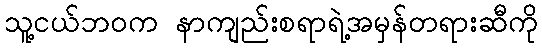
သူ့ငယ်ဘဝက နာကျည်းစရာရဲ့အမှန်တရားဆီကို